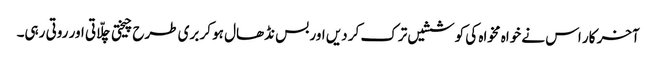
آخر کار اس نے خواہ مخواہ کی کوششیں ترک کر دیں اور بس نڈھال ہو کر بری طرح چیختی چلّاتی اور روتی رہی۔